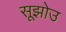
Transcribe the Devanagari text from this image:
सूझोउ